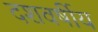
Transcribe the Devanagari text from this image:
दशवर्षीय